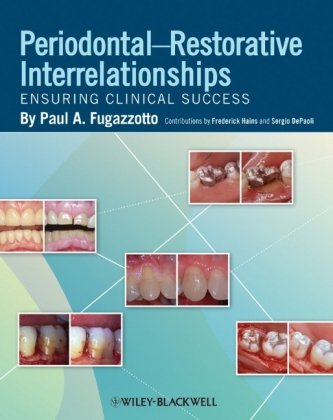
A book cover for Preparation of the Periodontium for Restorative Dentistry; Paul A. Fugazotto; Medical Books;